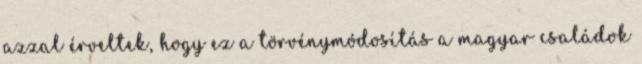
azzal érveltek, hogy ez a törvénymódosítás a magyar családok